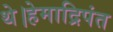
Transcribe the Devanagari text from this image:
थे।हेमाद्रिपंत